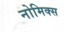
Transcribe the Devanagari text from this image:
नोमिक्स